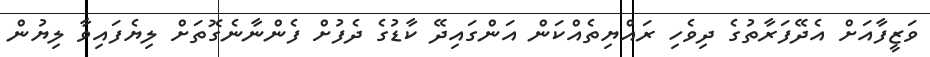
ވަޒީފާއަށް އެދޭފަރާތުގެ ދިވެހި ރައްޔިތެއްކަން އަންގައިދޭ ކާޑުގެ ދެފުށް ފެންނާނެގޮތަށް ލިޔެފައިވާ ލިޔުން